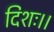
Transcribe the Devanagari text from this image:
दिशः।।